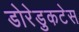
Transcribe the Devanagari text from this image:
डोरेडुकटेस